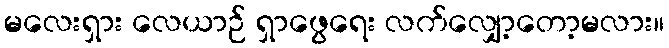
မလေးရှား လေယာဉ် ရှာဖွေရေး လက်လျှော့တော့မလား။